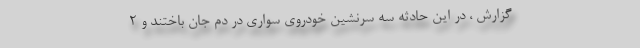
گزارش ، در این حادثه سه سرنشین خودروی سواری در دم جان باختند و ۲